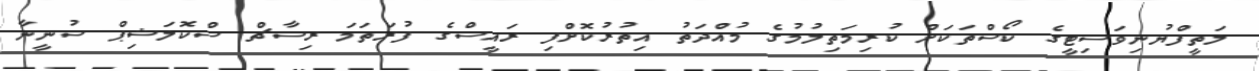
ލަތީފްޔުނިވަސިޓީގެ ކޯސްތަކަށް ކުރިމަތިލުމުގެ މުއްދަތު އިތުރުކޮށްފި ރައީސްގެ ފުރަތަމަ ރިސާޗް ސްކޮލަޝިޕް ސުނީނާ